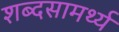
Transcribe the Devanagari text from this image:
शब्दसामर्थ्य